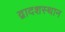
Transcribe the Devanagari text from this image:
द्वादशस्थान